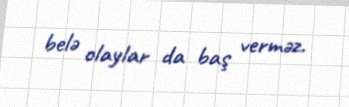
belə olaylar da baş verməz.